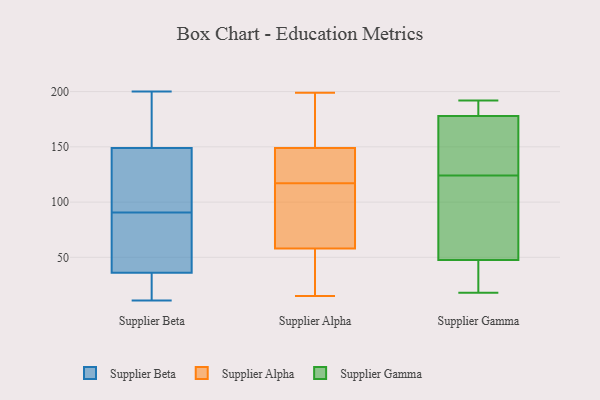
{"axis": {"x": "Shipments", "y": "Value"}, "legend": ["Supplier Alpha", "Supplier Beta", "Supplier Gamma"], "data": [{"x": "", "y": 74, "type": "Supplier Beta"}, {"x": "", "y": 200, "type": "Supplier Beta"}, {"x": "", "y": 36, "type": "Supplier Beta"}, {"x": "", "y": 23, "type": "Supplier Beta"}, {"x": "", "y": 26, "type": "Supplier Beta"}, {"x": "", "y": 146, "type": "Supplier Beta"}, {"x": "", "y": 180, "type": "Supplier Beta"}, {"x": "", "y": 151, "type": "Supplier Beta"}, {"x": "", "y": 149, "type": "Supplier Beta"}, {"x": "", "y": 63, "type": "Supplier Beta"}, {"x": "", "y": 11, "type": "Supplier Beta"}, {"x": "", "y": 192, "type": "Supplier Beta"}, {"x": "", "y": 114, "type": "Supplier Beta"}, {"x": "", "y": 38, "type": "Supplier Beta"}, {"x": "", "y": 107, "type": "Supplier Beta"}, {"x": "", "y": 24, "type": "Supplier Beta"}, {"x": "", "y": 103, "type": "Supplier Beta"}, {"x": "", "y": 78, "type": "Supplier Beta"}, {"x": "", "y": 121, "type": "Supplier Alpha"}, {"x": "", "y": 54, "type": "Supplier Alpha"}, {"x": "", "y": 55, "type": "Supplier Alpha"}, {"x": "", "y": 113, "type": "Supplier Alpha"}, {"x": "", "y": 152, "type": "Supplier Alpha"}, {"x": "", "y": 121, "type": "Supplier Alpha"}, {"x": "", "y": 16, "type": "Supplier Alpha"}, {"x": "", "y": 15, "type": "Supplier Alpha"}, {"x": "", "y": 100, "type": "Supplier Alpha"}, {"x": "", "y": 134, "type": "Supplier Alpha"}, {"x": "", "y": 146, "type": "Supplier Alpha"}, {"x": "", "y": 199, "type": "Supplier Alpha"}, {"x": "", "y": 36, "type": "Supplier Alpha"}, {"x": "", "y": 150, "type": "Supplier Alpha"}, {"x": "", "y": 170, "type": "Supplier Alpha"}, {"x": "", "y": 101, "type": "Supplier Alpha"}, {"x": "", "y": 165, "type": "Supplier Alpha"}, {"x": "", "y": 117, "type": "Supplier Alpha"}, {"x": "", "y": 67, "type": "Supplier Alpha"}, {"x": "", "y": 138, "type": "Supplier Gamma"}, {"x": "", "y": 189, "type": "Supplier Gamma"}, {"x": "", "y": 60, "type": "Supplier Gamma"}, {"x": "", "y": 48, "type": "Supplier Gamma"}, {"x": "", "y": 110, "type": "Supplier Gamma"}, {"x": "", "y": 18, "type": "Supplier Gamma"}, {"x": "", "y": 154, "type": "Supplier Gamma"}, {"x": "", "y": 47, "type": "Supplier Gamma"}, {"x": "", "y": 40, "type": "Supplier Gamma"}, {"x": "", "y": 167, "type": "Supplier Gamma"}, {"x": "", "y": 180, "type": "Supplier Gamma"}, {"x": "", "y": 31, "type": "Supplier Gamma"}, {"x": "", "y": 187, "type": "Supplier Gamma"}, {"x": "", "y": 40, "type": "Supplier Gamma"}, {"x": "", "y": 86, "type": "Supplier Gamma"}, {"x": "", "y": 178, "type": "Supplier Gamma"}, {"x": "", "y": 164, "type": "Supplier Gamma"}, {"x": "", "y": 192, "type": "Supplier Gamma"}, {"x": "", "y": 65, "type": "Supplier Gamma"}, {"x": "", "y": 178, "type": "Supplier Gamma"}]}